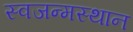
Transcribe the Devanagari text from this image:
स्वजन्मस्थान